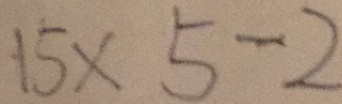
1 5 \times 5 - 2